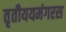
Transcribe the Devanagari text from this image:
तृतीययमंगरस